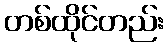
တစ်ထိုင်တည်း